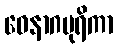
ဝေနာဂပုရိကာ